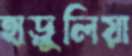
হাড়ুলিয়া